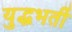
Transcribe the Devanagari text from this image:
युद्धभर्ती